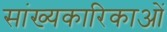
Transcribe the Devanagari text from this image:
सांख्यकारिकाओं